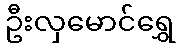
ဦးလှမောင်ရွှေ